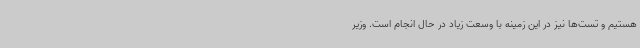
هستیم و تست‌ها نیز در این زمینه با وسعت زیاد در حال انجام است. وزیر